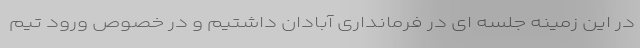
در این زمینه جلسه ای در فرمانداری آبادان داشتیم و در خصوص ورود تیم